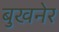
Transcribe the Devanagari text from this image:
बुखनेर